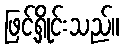
ဖြင့်ရှိုင်းသည်။